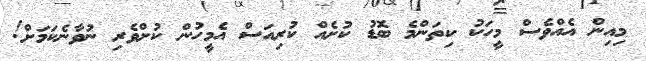
މިއިން އެއްވެސް މީހަކު ކިތަންމެ ބޮޑު ކުށެއް ކުރިއަސް އެމީހުން ކުށްވެރި ނުވާނެކަމަށް!